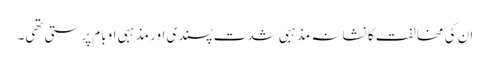
ان کی مخالفت کا نشانہ مذہبی شدت پسندی اور مذہبی اوبام پرستی تھی۔